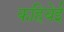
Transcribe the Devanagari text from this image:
कहिबेई